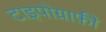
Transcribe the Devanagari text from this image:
टाइपोग्राफ़ी